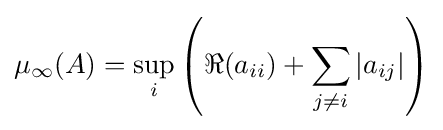
\mu _{\infty }(A)=\sup \limits _{i}\left(\Re (a_{ii})+\sum \limits _{j\neq i}|a_{ij}|\right)